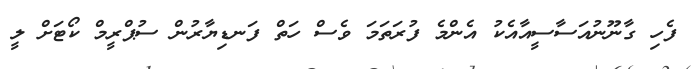
ފެހި ގާނޫނުއަސާސީއާއެކު އެންމެ ފުރަތަމަ ވެސް ހަތް ފަނޑިޔާރުން ސުޕްރީމް ކޯޓަށް ލީ